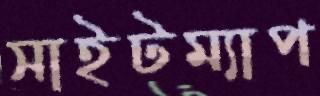
সাইটম্যাপ